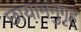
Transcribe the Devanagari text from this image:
छायामनुगृह्